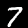
Digit: 7